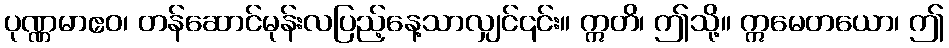
ပုဏ္ဏမာဧဝ၊ တန်ဆောင်မုန်းလပြည့်နေ့သာလျှင်၎င်း။ ဣတိ၊ ဤသို့။ ဣမေတယော၊ ဤ